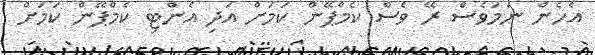
އެހެން ނަމަވެސް ރޭ ވެސް ކެމްޕޭން ކަމަށް އަދި އެންޓި ކެމްޕޭން ކަމަށް